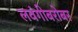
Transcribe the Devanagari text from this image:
लवंगीबरोबर